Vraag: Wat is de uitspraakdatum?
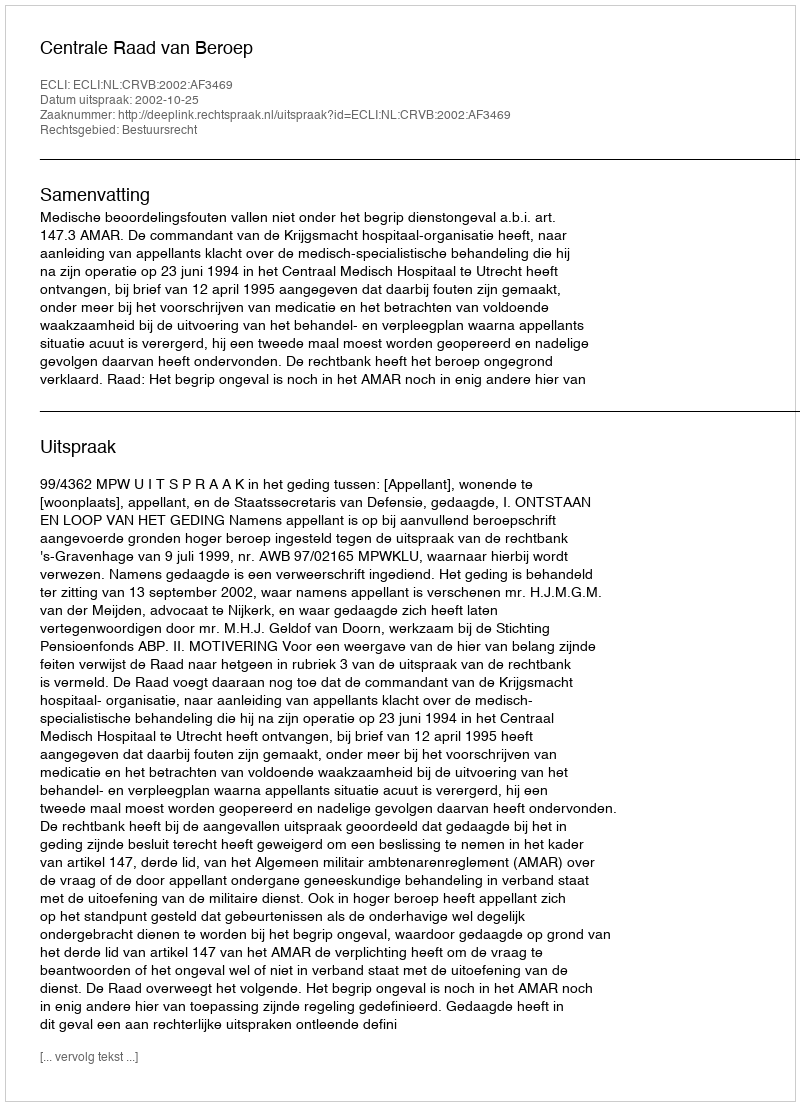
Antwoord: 2002-10-25